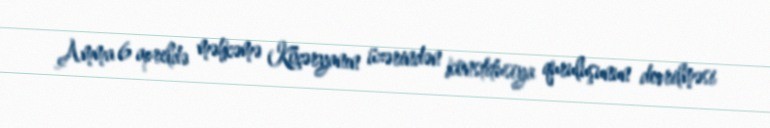
Amma 6 apreldə məhkəmə Köçəryanın üzərindən konstitusiya quruluşunun devrilməsi